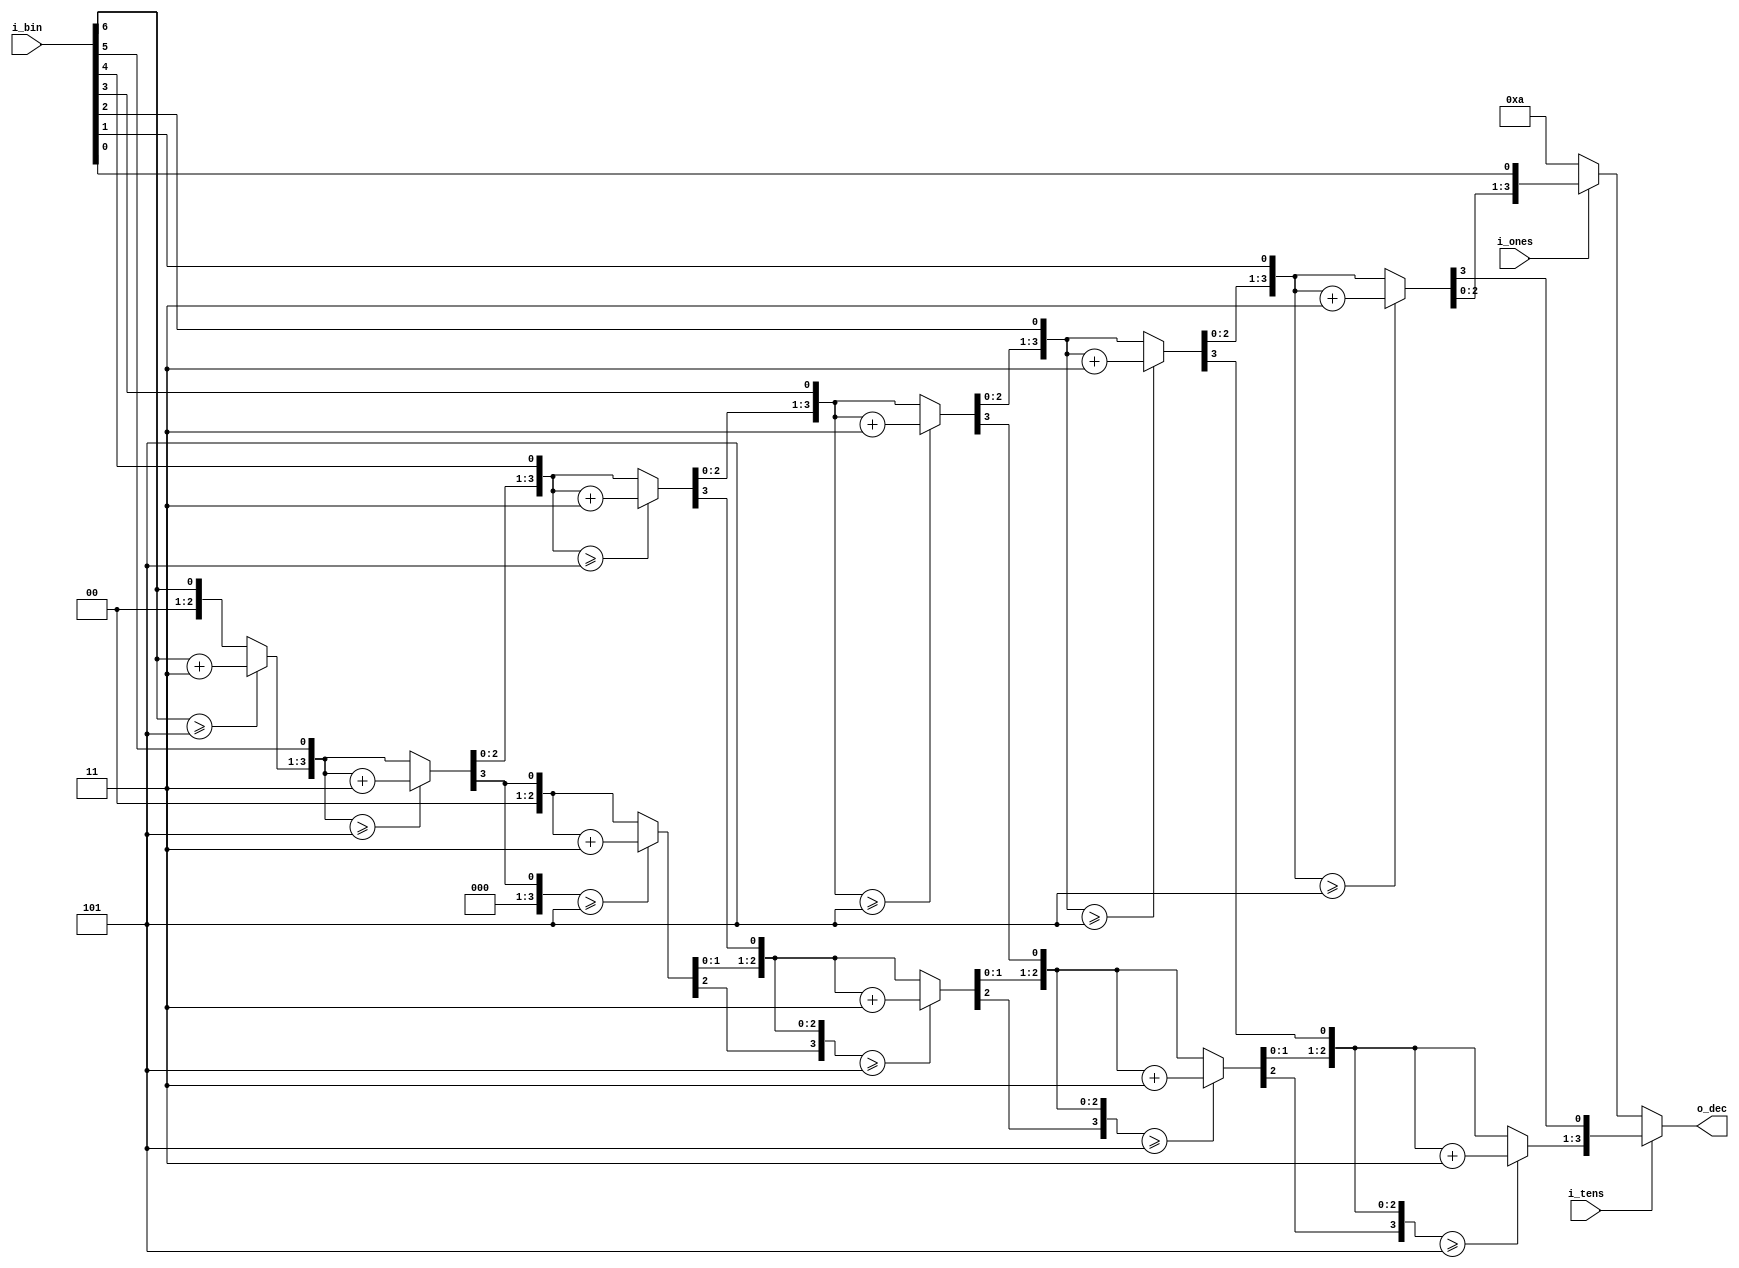
// SPDX-FileCopyrightText: 2023 Harald Pretl
//	Licensed under the Apache License, Version 2.0 (the "License");
//	you may not use this file except in compliance with the License.
//	You may obtain a copy of the License at
//
//		http://www.apache.org/licenses/LICENSE-2.0
//
//	Unless required by applicable law or agreed to in writing, software
//	distributed under the License is distributed on an "AS IS" BASIS,
//	WITHOUT WARRANTIES OR CONDITIONS OF ANY KIND, either express or implied.
//	See the License for the specific language governing permissions and
//	limitations under the License.
// SPDX-License-Identifier: Apache-2.0

`ifndef __BIN2DEC__
`define __BIN2DEC__

`default_nettype none

module bin2dec (
	input wire [6:0]    i_bin,
    input wire          i_tens,
    input wire          i_ones,
	output wire [3:0]   o_dec
);

    // we use this algorithm for BIN to BCD conversion (called "double-dabble"):
    // https://www.realdigital.org/doc/6dae6583570fd816d1d675b93578203d

    reg [11:0] bcd;
    integer i;

    assign o_dec =  (i_tens == 1'b1) ? bcd[7:4] :
                    (i_ones == 1'b1) ? bcd[3:0] :
                    4'd10;

    always @(*) begin
        bcd=0;
        for (i=0; i<7 ; i=i+1) begin
            if (bcd[03:00] >= 5) bcd[03:00] = bcd[03:00] + 3;
	        if (bcd[07:04] >= 5) bcd[07:04] = bcd[07:04] + 3;
	        if (bcd[11:08] >= 5) bcd[11:08] = bcd[11:08] + 3;
	        bcd = {bcd[10:0],i_bin[6-i]};
        end
    end

endmodule // bin2dec
`endif